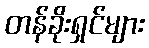
တန်ခိုးရှင်များ